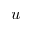
u